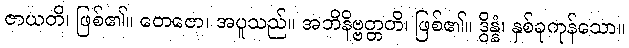
ဇာယတိ၊ ဖြစ်၏။ တေဇော၊ အပူသည်။ အဘိနိဗ္ဗတ္တတိ၊ ဖြစ်၏။ ဒွိန္နံ၊ နှစ်ခုကုန်သော။